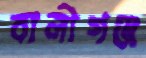
বালীগঞ্জ